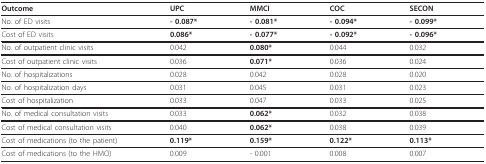
| Outcome | UPC | MMCI | COC | SECON |
 | --- | --- | --- | --- | --- |
 | No. of ED visits | - 0.087* | - 0.081* | - 0.094* | - 0.099* |
 | Cost of ED visits | 0.086* | - 0.077* | - 0.092* | - 0.096* |
 | No. of outpatient clinic visits | 0.042 | 0.080* | 0.044 | 0.032 |
 | Cost of outpatient clinic visits | 0.036 | 0.071* | 0.036 | 0.024 |
 | No. of hospitalizations | 0.028 | 0.042 | 0.028 | 0.020 |
 | No. of hospitalization days | 0.031 | 0.045 | 0.031 | 0.023 |
 | Cost of hospitalization | 0.033 | 0.047 | 0.033 | 0.025 |
 | No. of medical consultation visits | 0.033 | 0.062* | 0.032 | 0.038 |
 | Cost of medical consultation visits | 0.040 | 0.062* | 0.038 | 0.039 |
 | Cost of medications (to the patient) | 0.119* | 0.159* | 0.122* | 0.113* |
 | Cost of medications (to the HMO) | 0.009 | - 0.001 | 0.008 | 0.007 |